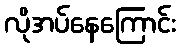
လိုအပ်နေကြောင်း